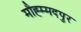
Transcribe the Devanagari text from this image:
मौह्म्मदपुर